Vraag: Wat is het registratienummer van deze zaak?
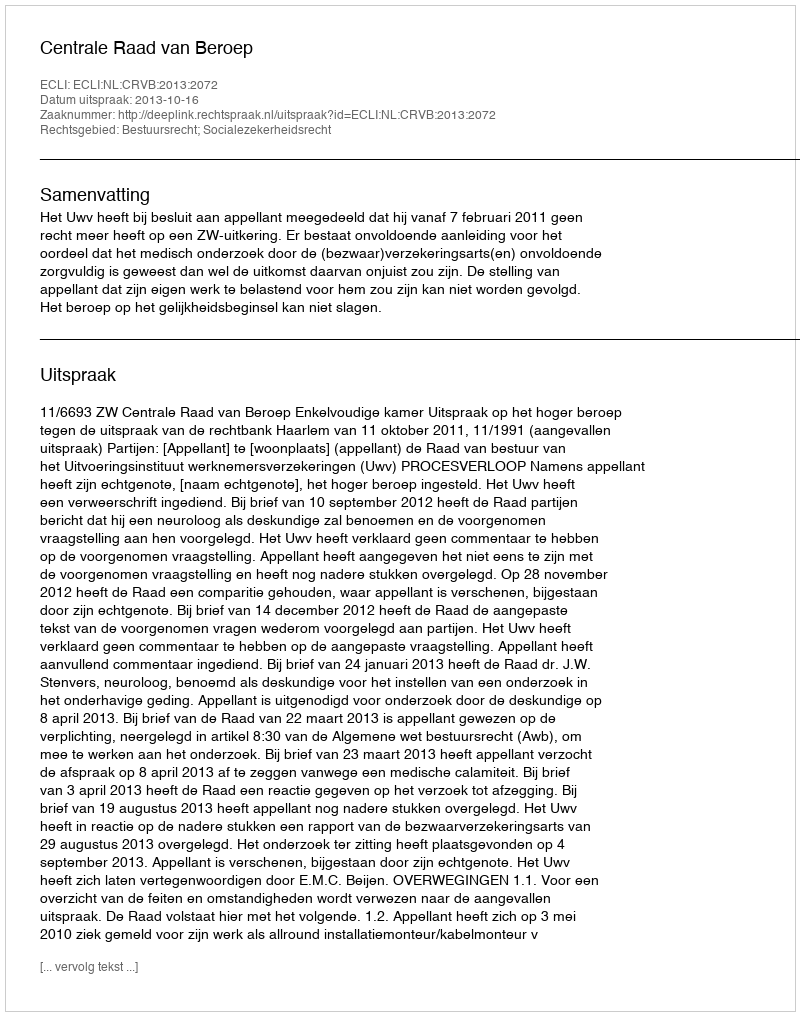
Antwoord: http://deeplink.rechtspraak.nl/uitspraak?id=ECLI:NL:CRVB:2013:2072